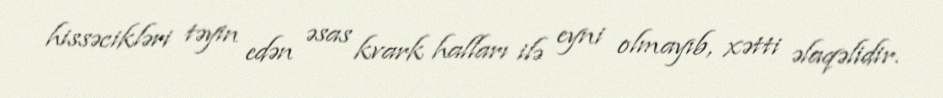
hissəcikləri təyin edən əsas kvark halları ilə eyni olmayıb, xətti əlaqəlidir.